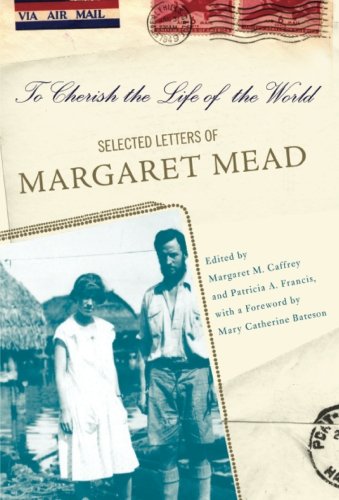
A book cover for To Cherish the Life of the World: The Selected Letters of Margaret Mead; Margaret Caffrey; Biographies & Memoirs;